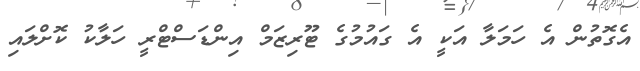
އެގޮތުން އެ ހަމަލާ އަކީ އެ ގައުމުގެ ޓޫރިޒަމް އިންޑަސްޓްރީ ހަލާކު ކޮށްލައި